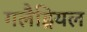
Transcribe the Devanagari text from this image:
गलैड्रियल